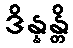
ဒိန္နန္တိ